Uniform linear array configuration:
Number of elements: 64
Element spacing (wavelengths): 0.75
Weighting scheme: blackman
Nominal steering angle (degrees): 15
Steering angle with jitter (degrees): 13.643
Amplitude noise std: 0.05
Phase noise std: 0.05

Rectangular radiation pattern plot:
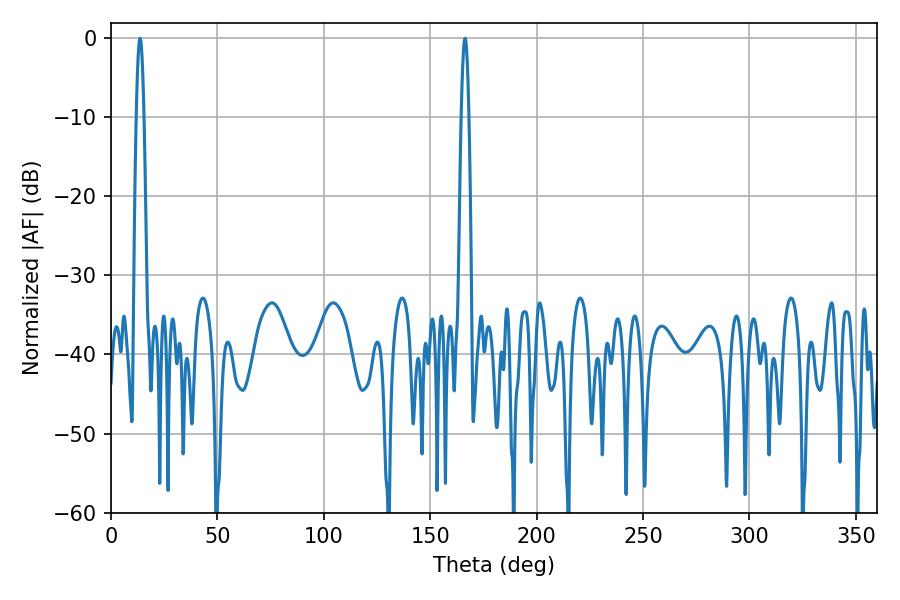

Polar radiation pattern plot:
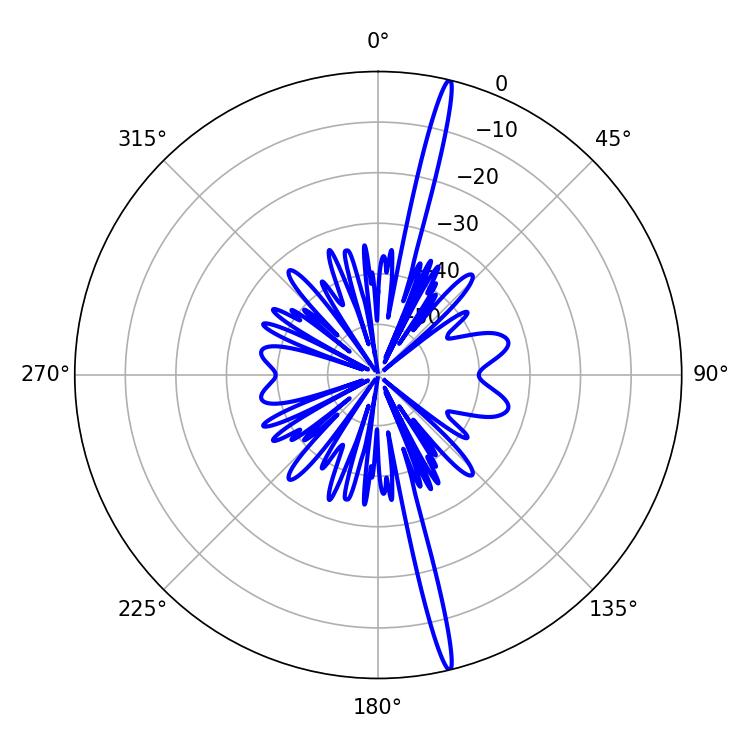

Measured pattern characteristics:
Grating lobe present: TRUE
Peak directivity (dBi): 20.454
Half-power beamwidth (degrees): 1.8
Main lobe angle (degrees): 166.32